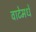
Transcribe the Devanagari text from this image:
वाटेमधे